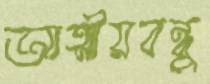
আত্মীয়বন্ধু